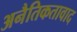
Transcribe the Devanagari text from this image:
अनैतिकतावाद